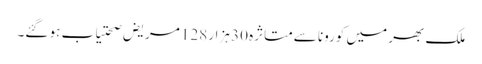
ملک بھر میں کورونا سےمتاثرہ 30 ہزار 128 مریض صحتیاب ہو گئے۔